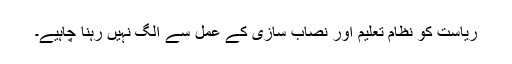
ریاست کو نظام تعلیم اور نصاب سازی کے عمل سے الگ نہیں رہنا چاہیے۔